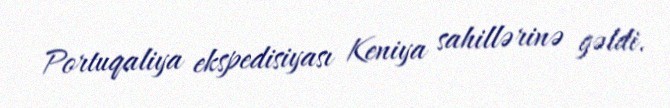
Portuqaliya ekspedisiyası Keniya sahillərinə gəldi.